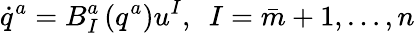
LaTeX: \dot{q}^{a}=B_{I}^{a}\left(q^{a}\right)u^{I},\ \ I=\bar{m}+1,\ldots,n